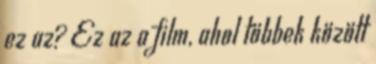
ez az? Ez az a film, ahol többek között